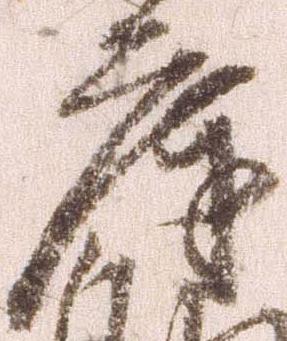
庫